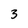
Character: 3